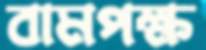
বামপক্ষ